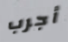
أجرب